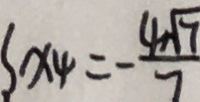
x _ { 4 } = - \frac { 4 \sqrt { 7 } } { 7 }